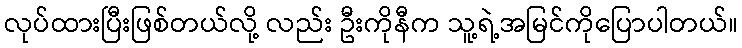
လုပ်ထားပြီးဖြစ်တယ်လို့ လည်း ဦးကိုနီက သူ့ရဲ့အမြင်ကိုပြောပါတယ်။